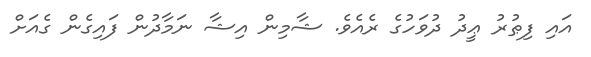
އައި ފިޠުރު ޢީދު ދުވަހުގެ ރެއެވެ. ޝާމިން އިޝާ ނަމާދުން ފައިގެން ގެއަށް